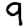
Digit: 9